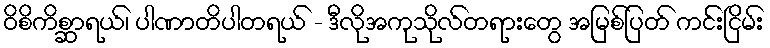
ဝိစိကိစ္ဆာရယ်၊ ပါဏာတိပါတရယ် - ဒီလိုအကုသိုလ်တရားတွေ အမြစ်ပြတ် ကင်းငြိမ်း